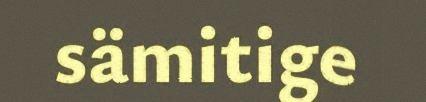
sämitige